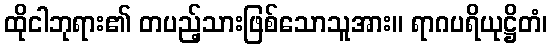
ထိုငါဘုရား၏ တပည့်သားဖြစ်သောသူအား။ ရာဂပရိယုဋ္ဌိတံ၊